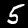
Digit: 5